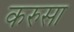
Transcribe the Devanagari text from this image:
करुसा